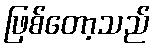
ဖြစ်တော့သည်